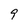
Character: 9